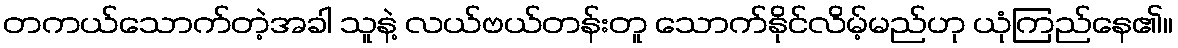
တကယ်သောက်တဲ့အခါ သူနဲ့ လယ်ဗယ်တန်းတူ သောက်နိုင်လိမ့်မည်ဟု ယုံကြည်နေ၏။